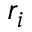
r _ { i }